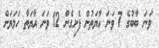
ވަނަ ބާބުގެ 7 ވަނަ އާޔަތުން ފެށިގެން 12 ވަނަ އާޔަތާ ހަމަޔަށް